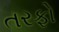
તરફો